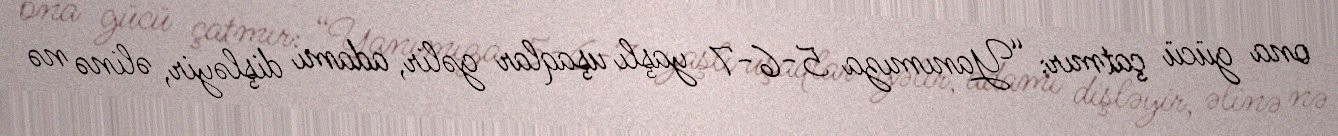
ona gücü çatmır: “Yanımıza 5-6-7 yaşlı uşaqlar gəlir, adamı dişləyir, əlinə nə